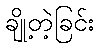
ချို့တဲ့ခြင်း